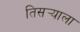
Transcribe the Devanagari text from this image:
तिसर्‍याला